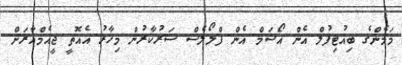
މަމެންގެ ބިއުޓިފުލް އެން އޯސަމް އެން ފްލޯލެސް ސަރުކާރުން މިހާރު އެއޮތީ ޖީއެމްއާރަށް